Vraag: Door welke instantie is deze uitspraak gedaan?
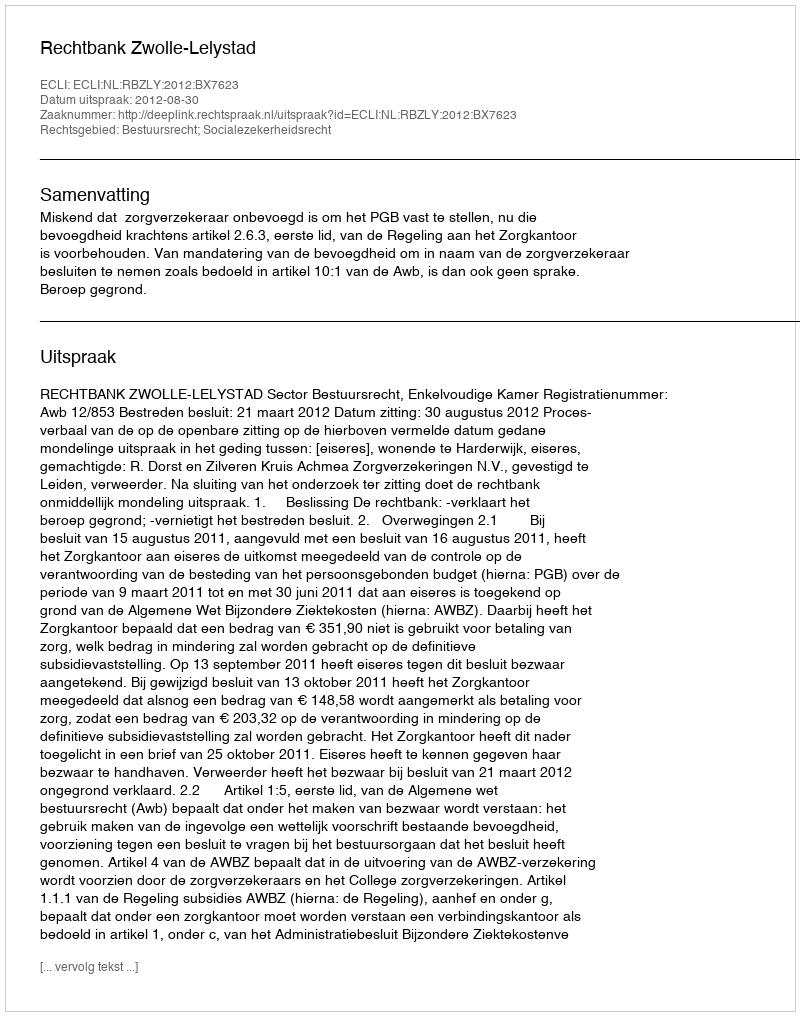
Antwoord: Rechtbank Zwolle-Lelystad